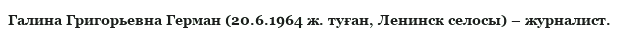
Галина Григорьевна Герман (20.6.1964 ж. туған, Ленинск селосы) – журналист.